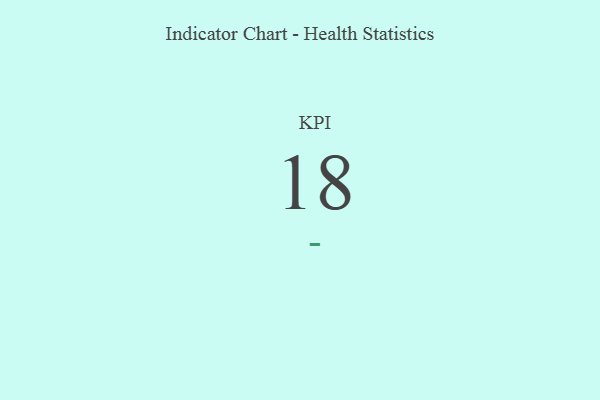
{"axis": {"x": "KPI", "y": "Value"}, "legend": [""], "data": [{"x": "KPI", "y": 18, "type": ""}]}